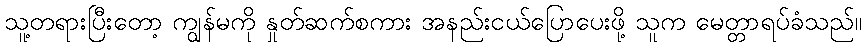
သူ့တရားပြီးတော့ ကျွန်မကို နှုတ်ဆက်စကား အနည်းငယ်ပြောပေးဖို့ သူက မေတ္တာရပ်ခံသည်။